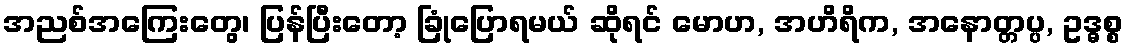
အညစ်အကြေးတွေ၊ ပြန်ပြီးတော့ ခြုံပြောရမယ် ဆိုရင် မောဟ, အဟိရိက, အနောတ္တပ္ပ, ဥဒ္ဓစ္စ